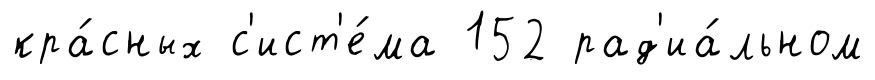
кра́сных с'ист'е́ма 152 рад'иа́льном